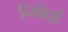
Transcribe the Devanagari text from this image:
निषेद्यों